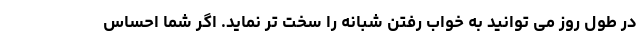
در طول روز می توانید به خواب رفتن شبانه را سخت تر نماید. اگر شما احساس